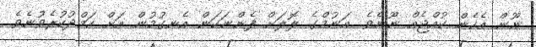
ނޫން އެހެން ކުއްޖެއް ނޫނެވެ. އަނުމްގެ ލޮލަށް ފެންނަކަން އެނގުމުން އަށް ހަމްދުކުރެވުނެވެ.